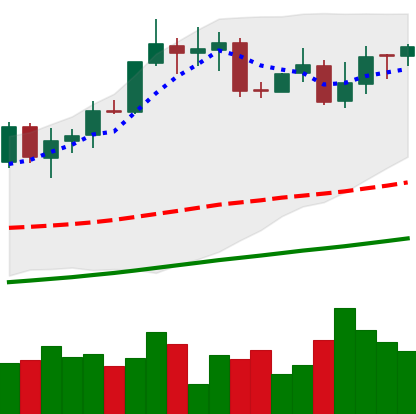
Ticker: XMR-USD
Chart end date: 2020-10-24
Forward return: -3.654%
Label: down_3_5